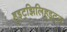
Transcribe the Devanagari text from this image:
हुइट्झिलिहुइट्ल